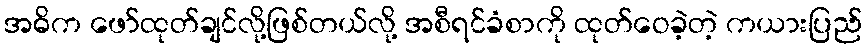
အဓိက ဖော်ထုတ်ချင်လို့ဖြစ်တယ်လို့ အစီရင်ခံစာကို ထုတ်ဝေခဲ့တဲ့ ကယားပြည်